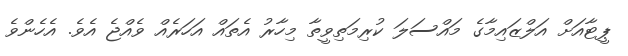
ޕީޓާއަށް އަލްޒައިމާގެ މައްސަލަ ކުރިމަތިވީތާ މިހާރު އެތައް އަހަރެއް ވެއްޖެ އެވެ. އެހެންވެ